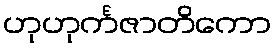
ဟုဟုင်္ကဇာတိကော